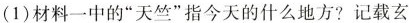
(1)材料一中的”天”指今天的什么地方?记载玄